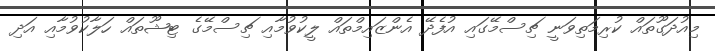
މިއުދަގޫތައް ކުރިމަތިވަނީ ޗިސްމޭގައި އުފެދޭ އެންޒައިމްތައް ލީކުވުމާއި ޗިސްމޭގެ ޓިޝޫތައް ހަލާކުވުމާއި އަދި